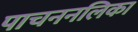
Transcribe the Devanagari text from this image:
पाचननलिका